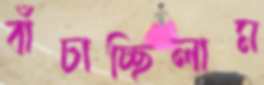
বাঁচাচ্ছিলাম